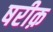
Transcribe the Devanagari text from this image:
षरीक़